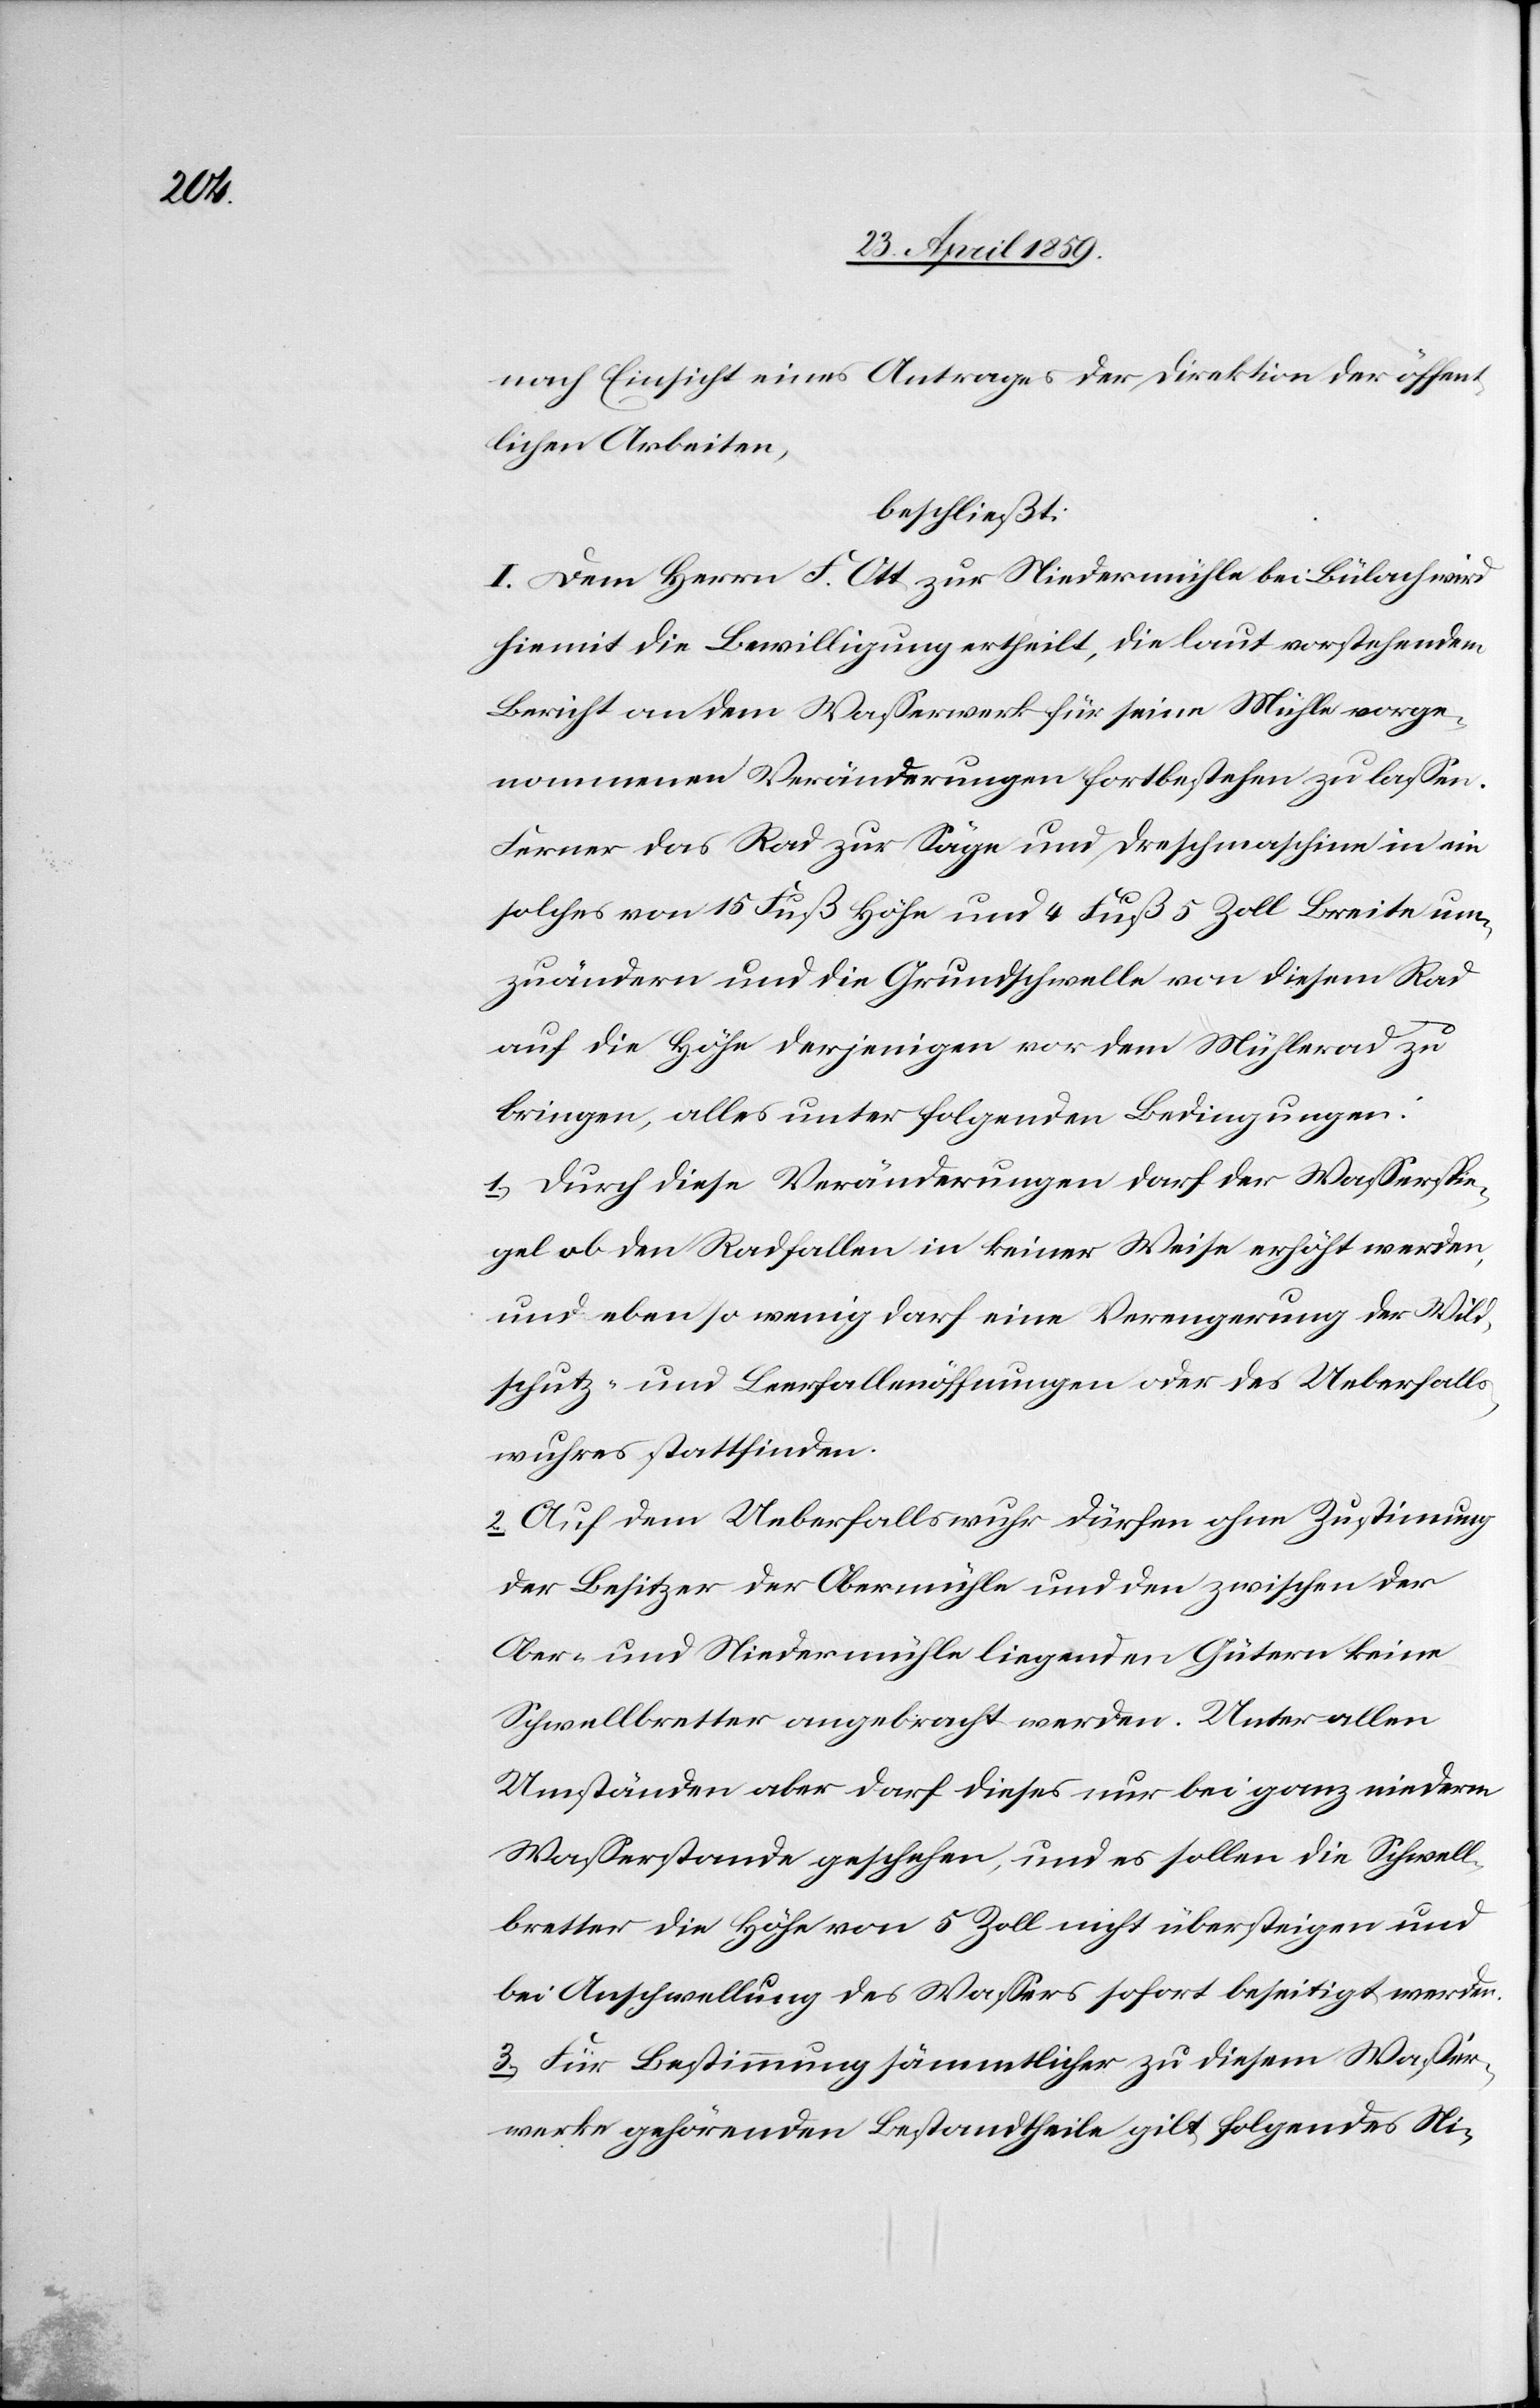
nach Einsicht eines Antrages der Direktion der öffent¬
lichen Arbeiten,
beschließt:
I. Dem Herrn F. Ott zur Niedermühle bei Bülach wird
hiemit die Bewilligung ertheilt, die laut vorstehendem
Bericht an dem Waßerwerk für seine Mühle vorge¬
nommenen Veränderungen fortbestehen zu laßen.
Ferner das Rad zur Säge und Dreschmaschine in ein
solches von 15. Fuß Höhe und 4 Fuß 5 Zoll Breite um¬
zuändern und die Grundschwelle von diesem Rad
auf die Höhe derjenigen vor dem Mühlerad zu
bringen, alles unter folgenden Bedingungen:
1) Durch diese Veränderungen darf der Waßerspie¬
gel ob den Radfallen in keiner Weise erhöht werden,
und eben so wenig darf eine Verengerung der Wild¬
schutz- und Leerfallenöffnungen oder des Ueberfalls¬
wuhres stattfinden.
2) Auf dem Ueberfallswuhr dürfen ohne Zustimmung
der Besitzer der Obermühle und den zwischen der
Ober- und Niedermühle liegenden Gütern keine
Schwellbretter angebracht werden. Unter allen
Umständen aber darf dieses nur bei ganz niederm
Waßerstande geschehen, und es sollen die Schwell¬
bretter die Höhe von 5 Zoll nicht übersteigen und
bei Anschwellung des Waßers sofort beseitigt werden.
3) Für Bestimmung sämmtlicher zu diesem Waßer¬
werke gehörenden Bestandtheile gilt folgendes Ni-